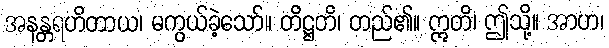
အနန္တရဟိတာယ၊ မကွယ်ခဲ့သော်။ တိဋ္ဌတိ၊ တည်၏။ ဣတိ၊ ဤသို့။ အာဟ၊